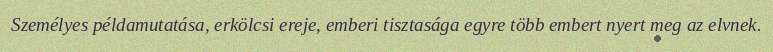
Személyes példamutatása, erkölcsi ereje, emberi tisztasága egyre több embert nyert meg az elvnek.